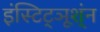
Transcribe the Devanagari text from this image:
इंस्टिट्ञूश्ंन